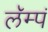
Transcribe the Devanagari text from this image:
लॅम्पं